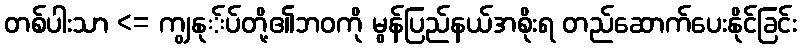
တစ်ပါးသာ <= ကျွနု်ပ်တို့၏ဘဝကို မွန်ပြည်နယ်အစိုးရ တည်ဆောက်ပေးနိုင်ခြင်း